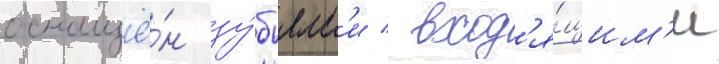
оснащё́н зу́бьям'и / вход'я́щим'и